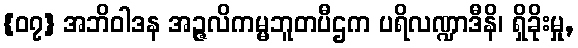
{၀၇} အဘိဝါဒန အဉ္ဇလိကမ္မဘူတပီဌက ပရိလဏ္ဍာဒီနိ၊ ရှိခိုးမှု,